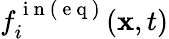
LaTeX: f_{i}^{\mathrm{~i~n~(~e~q~)~}}(\mathbf{x},t)